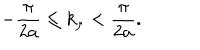
- \frac { \pi } { 2 a } \leq k _ { \mu } < \frac { \pi } { 2 a } .